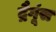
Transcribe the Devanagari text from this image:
द्रैगूंस